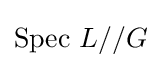
{\text{Spec }}L//G